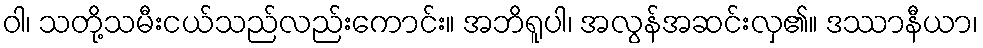
ဝါ၊ သတို့သမီးငယ်သည်လည်းကောင်း။ အဘိရူပါ၊ အလွန်အဆင်းလှ၏။ ဒဿာနီယာ၊